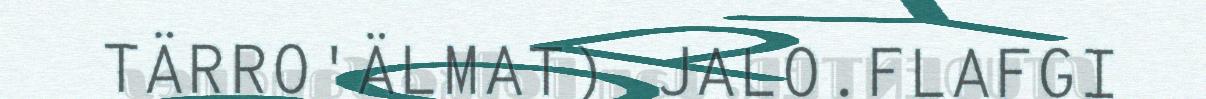
TÄRRO'ÄLMAT) JALO.FLAFGI